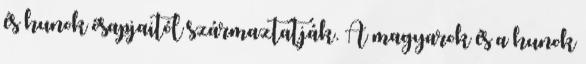
és hunok ősapjaitól származtatják. A magyarok és a hunok